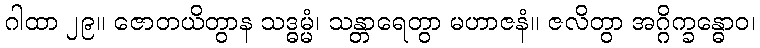
ဂါထာ ၂၉။ ဇောတယိတွာန သဒ္ဓမ္မံ၊ သန္တာရေတွာ မဟာဇနံ။ ဇလိတွာ အဂ္ဂိက္ခန္ဓောဝ၊